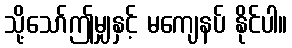
သို့သော်ဤမျှနှင့် မကျေနပ် နိုင်ပါ။